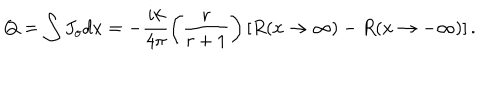
Q _ { } = \int J _ { o } d x = - \frac { i k } { 4 \pi } \left( \frac { r } { r + 1 } \right) \left[ R ( x \rightarrow \infty ) - R ( x \rightarrow - \infty ) \right] .